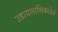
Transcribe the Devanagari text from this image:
उडायलाशिकलेलं